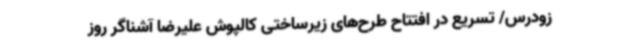
زودرس/ تسریع در افتتاح طرح‌های زیرساختی کالپوش علیرضا آشناگر روز